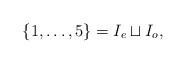
\begin{align*}\{1, \dots, 5\} = I_e \sqcup I_o,\end{align*}